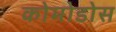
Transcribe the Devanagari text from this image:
कोमोडोस